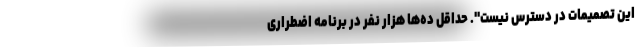
این تصمیمات در دسترس نیست". حداقل ده‌ها هزار نفر در برنامه اضطراری